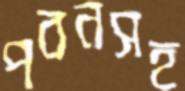
পবনসহ